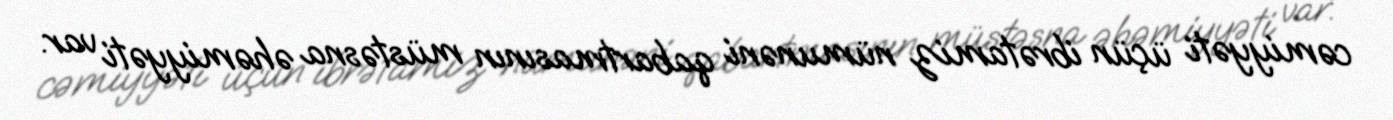
cəmiyyəti üçün ibrətamiz nümunəni qabartmasının müstəsna əhəmiyyəti var.